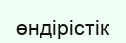
өндірістік